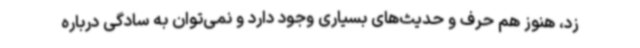
زد، هنوز هم حرف و حدیث‌های بسیاری وجود دارد و نمی‌توان به سادگی درباره